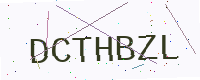
Text: DCTHBZL